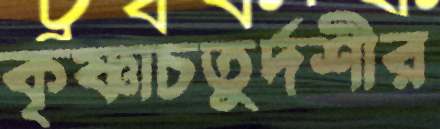
কৃষ্ণাচতুর্দশীর